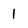
Character: 1